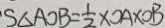
S _ { \Delta A O B } = \frac { 1 } { 2 } \times O A \times O B